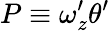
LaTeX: P\equiv\omega_{z}^{\prime}\theta^{\prime}